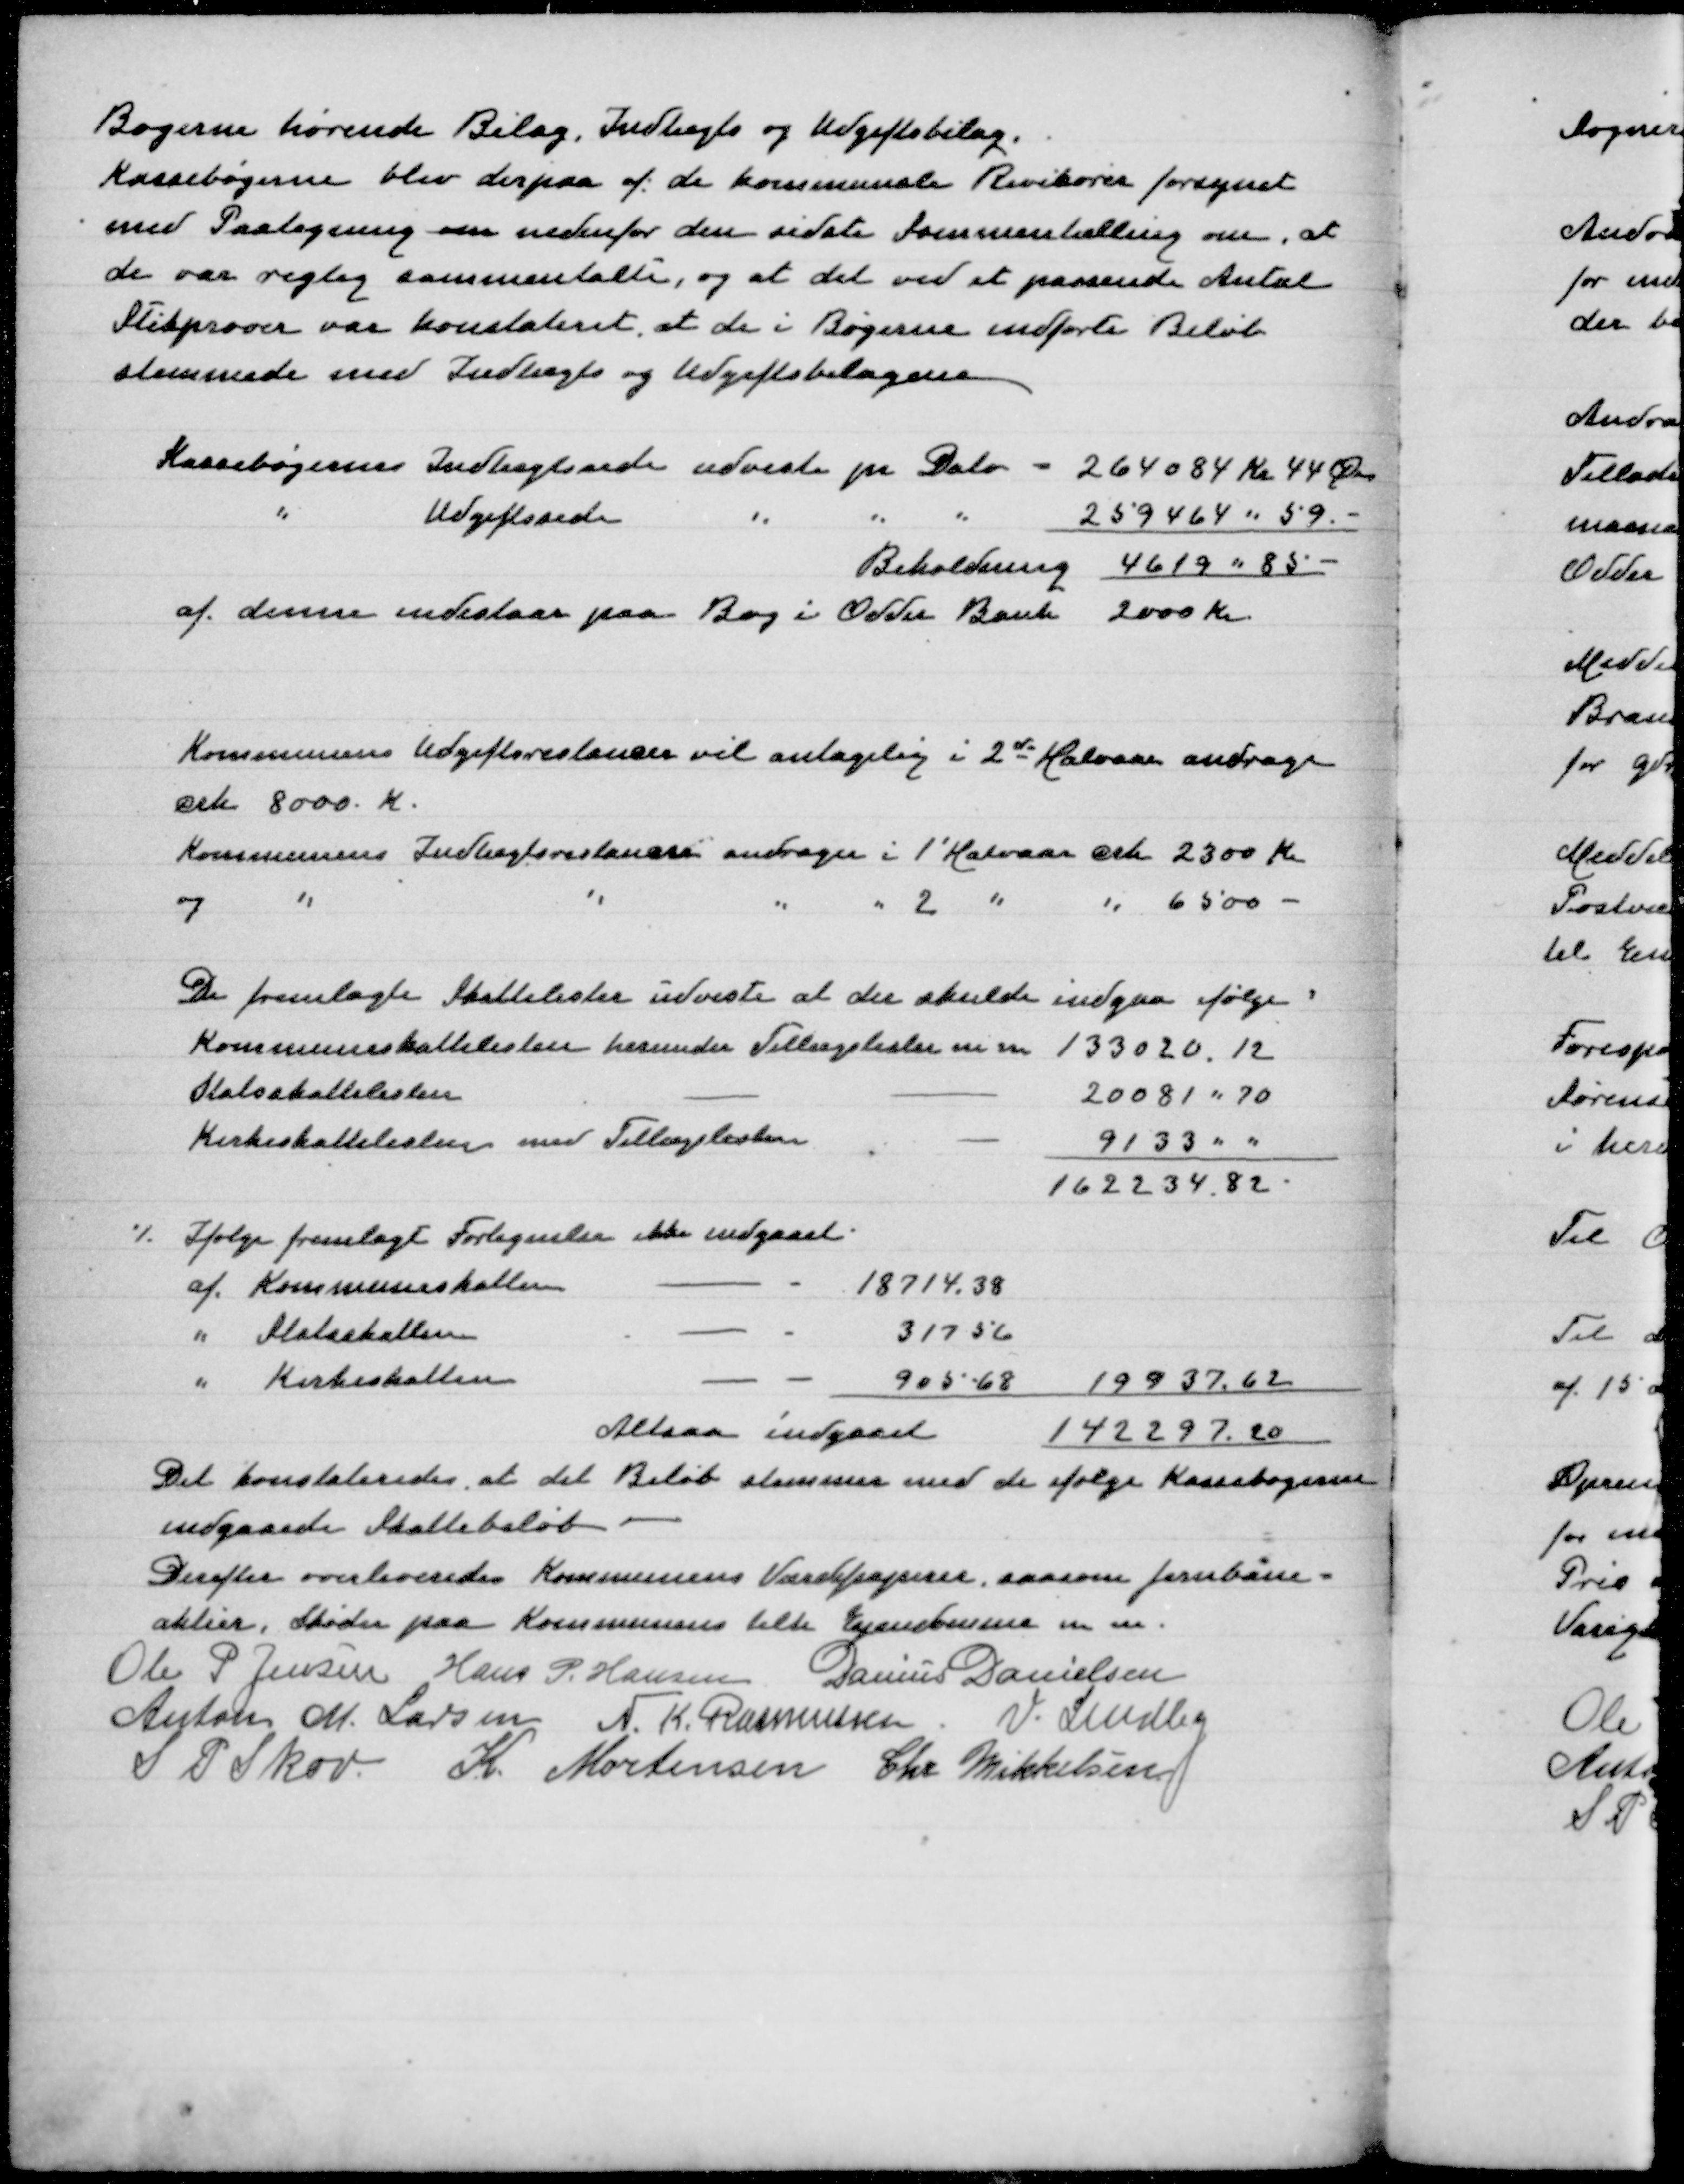
Transskription:
Bøgerne hørende Bilag, Indtægts og Udgiftsbilag
Kassebøgerne blev derpaa af de kommunale Revisorer forsynet
med Paategning om nedenfor den sidste Sammentælling om, at
de var rigtig sammentalte, og at det ved et passende Antal
Stikprøver var konstateret at de i Bøgerne indførte Beløb
stemmede med Indtægts og Udgiftsbilagene

Kassebøgernes Indtægtsside udviste pr Dato - 264084 Kr 44 Øre
" Udgiftsside " " " 259464 " 59 -
Beholdning 4619 " 85 -
af denne indestaar paa Bog i Odder Bank 2000 Kr

Kommunens Udgiftsrestancer vil antagelig i 2 d Halvaar andrage
crk 8000 Kr
Kommunens Indtægtsrestancer andrager i 1' Halvaar crk 2300 Kr
og " " " " 2 " " 6500 -
De fremlagte Skattelister udviste at der skulde indgaa følgende:
Kommuneskattelisten herunder Tillægslister m m
133020,12
Statsskattelisten
20081 " 70
Kirkeskattelisten med Tillægslister
9133 " "
162234,82

./. Ifølge fremlagt Fortegnelse ikke indgaaet
af Kommuneskatten
18714,38
" Statsskatten
317,56
" Kirkeskatten
905,68
19937,62
Altsaa indgaaet 142297,20
Det kontrolleredes at det Beløb stemmer med de ifølge Kassebøgerne
indgaaede Skattebeløb
Derefter overleveredes Kommunens Værdipapirer saasom Jernbane=
aktier, Skøder paa Kommunen tilh Ejendomme m m
Ole P Jensen
Hans P Hansen
Danius Danielsen
Anton M Larsen
N K Rasmussen
V Lindby
S P Skov
K Mortensen
Chr Mikkelsen